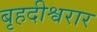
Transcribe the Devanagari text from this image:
बृहदीश्वरार